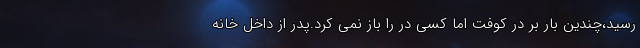
رسید،چندین بار بر در کوفت اما کسی در را باز نمی کرد.پدر از داخل خانه